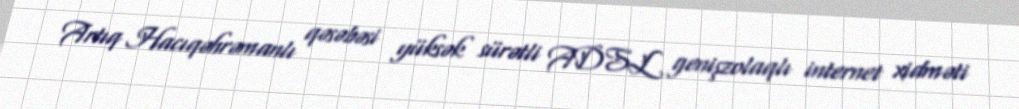
Artıq Hacıqəhrəmanlı qəsəbəsi yüksək sürətli ADSL genişzolaqlı internet xidməti